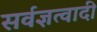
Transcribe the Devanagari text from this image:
सर्वज्ञत्वादी